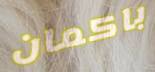
باكمان